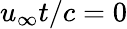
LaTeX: u_{\infty}t/c=0